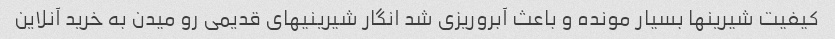
کیفیت شیرینها بسیار مونده و باعث آبروریزی شد انگار شیرینیهای قدیمی رو میدن به خرید آنلاین